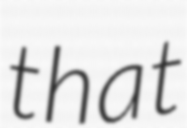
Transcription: that